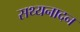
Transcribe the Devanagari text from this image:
सथ्यनादन